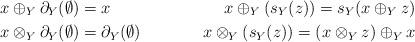
LaTeX: \begin{align*}&x\oplus_{Y} \partial_{Y}(\emptyset) = x & x\oplus_{Y} (s_{Y}(z))= s_{Y}(x \oplus_{Y} z) \\& x\otimes_{Y} \partial_{Y}(\emptyset) =\partial_{Y}(\emptyset) & x\otimes_{Y} (s_{Y}(z))= (x\otimes_{Y} z)\oplus_{Y} x\end{align*}